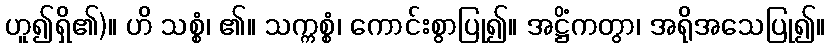
ဟူ၍ရှိ၏)။ ဟိ သစ္စံ၊ ၏။ သက္ကစ္စံ၊ ကောင်းစွာပြု၍။ အဋ္ဌိံကတွာ၊ အရိုအသေပြု၍။